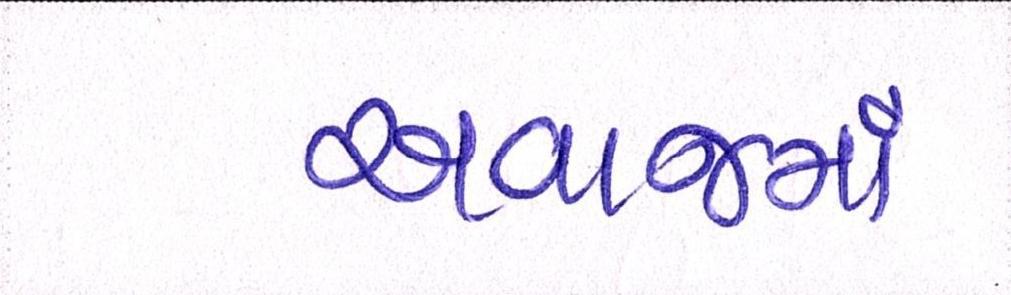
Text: અવાજમાં